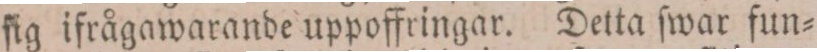
ſig ifrågawarande uppoffringar. Detta ſwar fun=